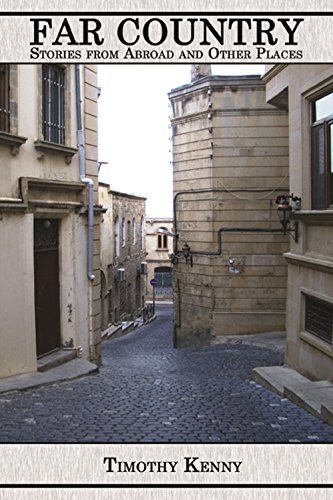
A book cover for Far Country: Stories from Abroad and Other Places; Timothy Kenny; Travel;